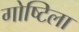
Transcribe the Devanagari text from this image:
गोष्टिला